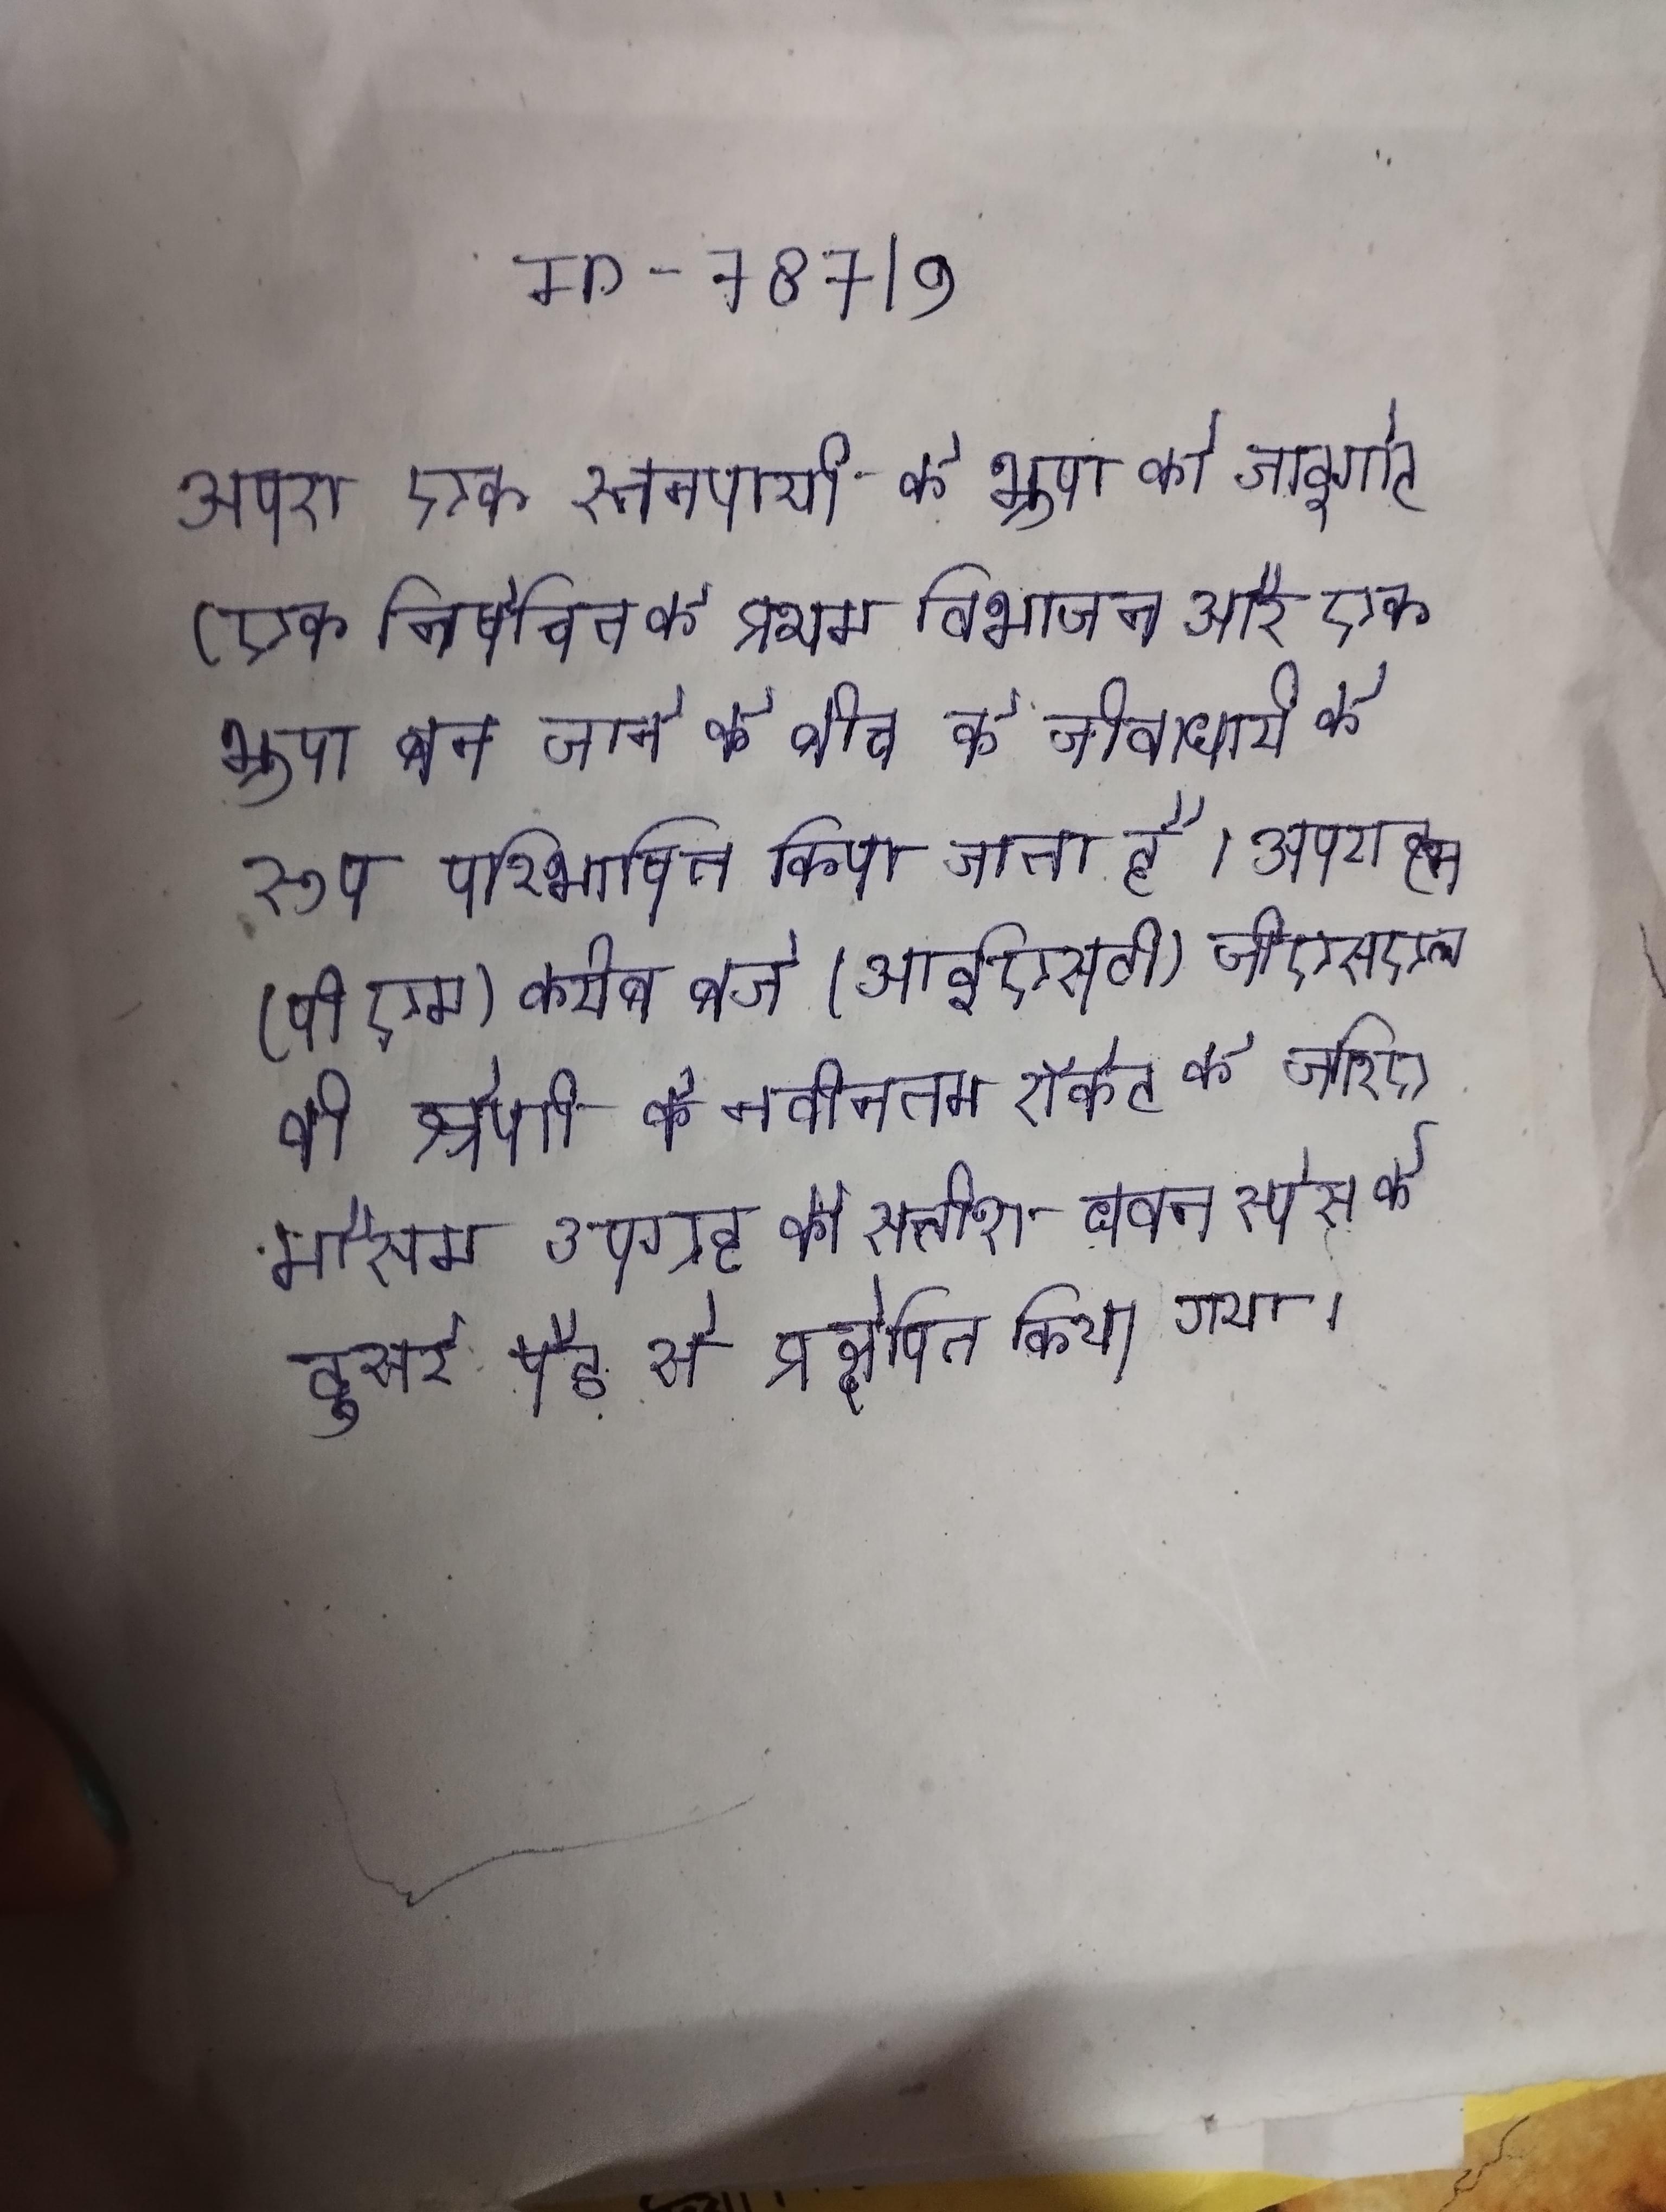
अपरा एक स्तनपायी के भ्रूण को जाइगोट (एक निषेचित के प्रथम विभाजन और एक भ्रूण बन जाने के बीच के जीवाधारी के रूप परिभाषित किया जाता है । अपराह्न (पी एम) करीब बजे (आईएसटी)जीएसएलवी श्रेणी के नवीनतम रॉकेट के जरिए मौसम उपग्रह को सतीश धवन स्पेस के दूसरे पैड से प्रक्षेपित किया गया ।